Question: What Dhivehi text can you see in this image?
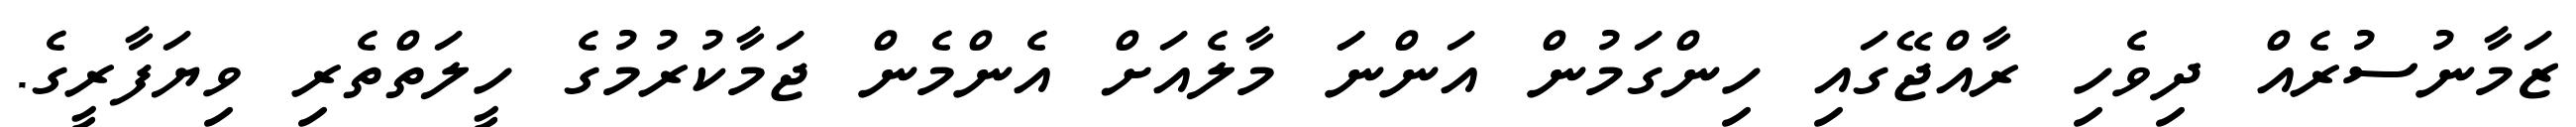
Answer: ޒަމާނުސުރެއް ދިވެހި ރާއްޖޭގައި ހިންގަމުން އަންނަަ މާލެއަށް އެންމެން ޖަމާކުރުމުގެ ހީލަތްތެރި ވިޔަފާރީގެ.